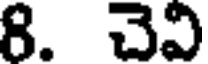
8. చెవి